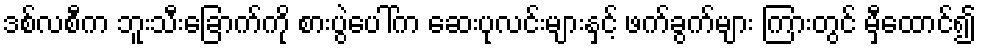
ဒစ်လစီက ဘူးသီးခြောက်ကို စားပွဲပေါ်က ဆေးပုလင်းများနှင့် ဖက်ခွက်များ ကြားတွင် မှီထောင်၍